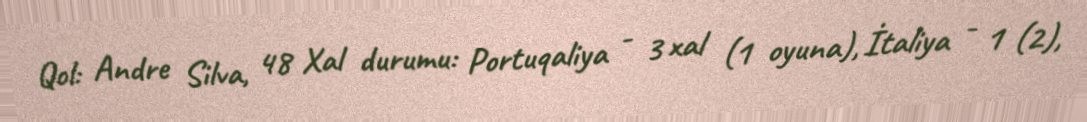
Qol: Andre Silva, 48 Xal durumu: Portuqaliya - 3 xal (1 oyuna), İtaliya - 1 (2),